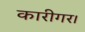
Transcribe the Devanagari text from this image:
कारीगर।